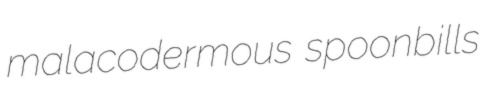
malacodermous spoonbills